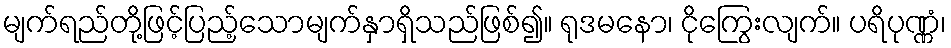
မျက်ရည်တို့ဖြင့်ပြည့်သောမျက်နှာရှိသည်ဖြစ်၍။ ရုဒမနော၊ ငိုကြွေးလျက်။ ပရိပုဏ္ဏံ၊